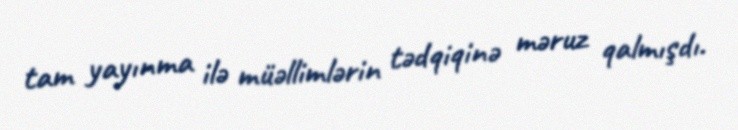
tam yayınma ilə müəllimlərin tədqiqinə məruz qalmışdı.